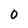
Character: O